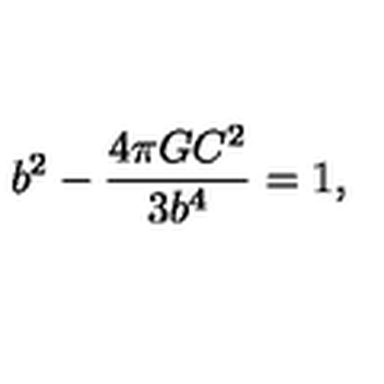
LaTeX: b ^ { 2 } - { \frac { 4 \pi G C ^ { 2 } } { 3 b ^ { 4 } } } = 1 ,